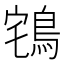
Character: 𪀥